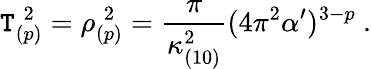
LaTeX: \mathtt{T}_{(p)}^{\; 2}=\rho_{(p)}^{\; 2}=\frac{{\pi}}{{\kappa_{(10)}^{2}}}(4\pi^{2}\alpha^{\prime})^{3-p}\ .